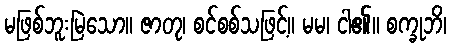
မဖြစ်ဘူးမြဲသော။ ဇာတု၊ စင်စစ်သဖြင့်။ မမ၊ ငါ၏။ စက္ခုဘိ၊